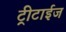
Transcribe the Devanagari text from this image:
ट्रीटाईज